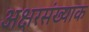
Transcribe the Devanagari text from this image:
अक्षरसंख्याक